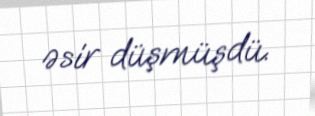
əsir düşmüşdü.